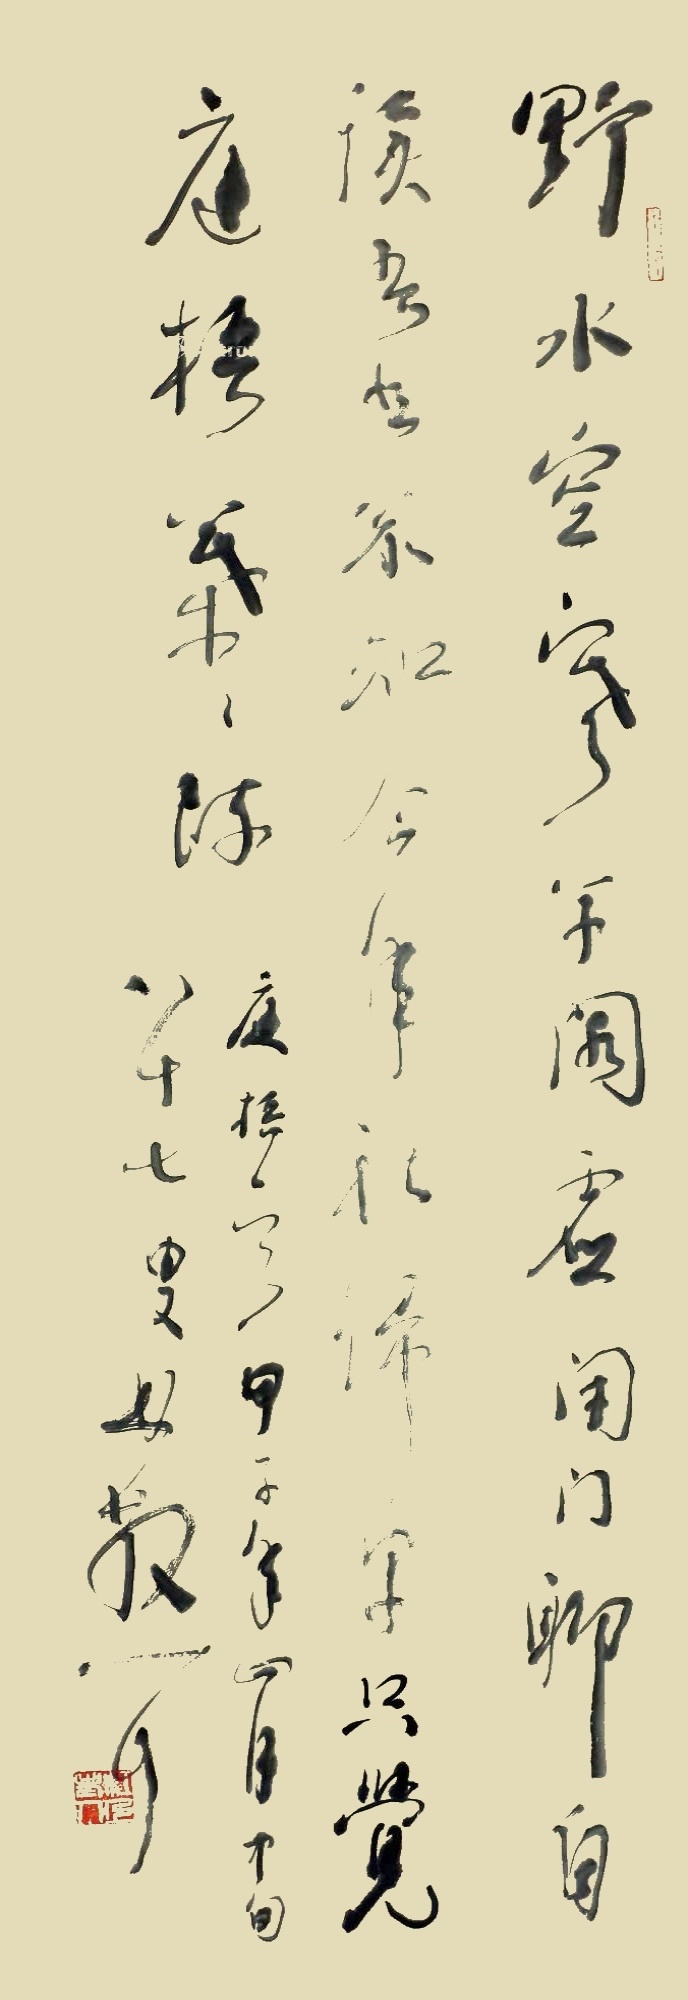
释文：野水空寒草阁虚，闭门聊自读吾书。不知今年秋归早，只觉庭梧叶叶疏。庭梧一首。甲子年四月中旬，八十七叟林散耳。